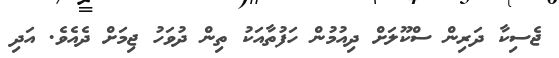
ޖެސިކާ ދަރިން ސްކޫލަށް ދިއުމުން ހަފުތާއަކު ތިން ދުވަހު ޖިމަށް ދެއެވެ. އަދި